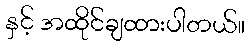
နှင့် အထိုင်ချထားပါတယ်။